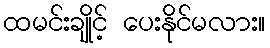
ထမင်းချိုင့် ပေးနိုင်မလား။